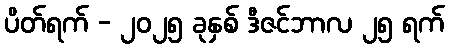
ပိတ်ရက် - ၂၀၂၅ ခုနှစ် ဒီဇင်ဘာလ ၂၅ ရက်